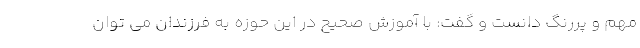
مهم و پررنگ دانست و گفت: با آموزش صحیح در این حوزه به فرزندان می توان